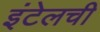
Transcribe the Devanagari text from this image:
इंटेलची